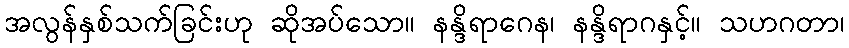
အလွန်နှစ်သက်ခြင်းဟု ဆိုအပ်သော။ နန္ဒိရာဂေန၊ နန္ဒိရာဂနှင့်။ သဟဂတာ၊